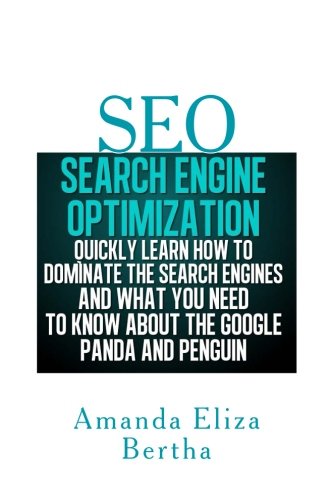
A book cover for SEO: Search Engine Optimization - Quickly Learn How to Dominate the Search Engines and What You Need to Know About the Google Panda and Penguin; Amanda Eliza Bertha; Computers & Technology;